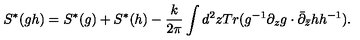
S ^ { * } ( g h ) = S ^ { * } ( g ) + S ^ { * } ( h ) - { \frac { k } { 2 \pi } } \int d ^ { 2 } z T r ( g ^ { - 1 } \partial _ { z } g \cdot \bar { \partial } _ { \bar { z } } h h ^ { - 1 } ) .